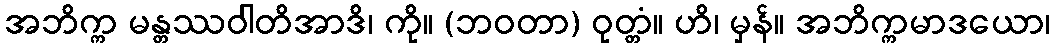
အဘိက္က မန္တဿဝါတိအာဒိ၊ ကို။ (ဘဝတာ) ဝုတ္တံ။ ဟိ၊ မှန်။ အဘိက္ကမာဒယော၊